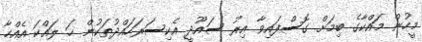
މީހުން މައްކާގެ ބިމަށް ގޮސްފައިވާ އިރު ސައޫދީ އެކިސަރަހައްދުތަކުން ހަ ލައްކަ އެއްހާ